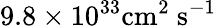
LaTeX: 9.8\times 10^{33}\mathrm{{cm}^{2}\ \mathrm{{s}^{-1}}}